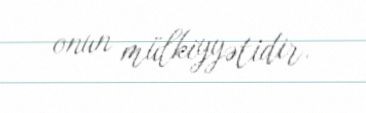
onun mülkiyyətidir.